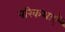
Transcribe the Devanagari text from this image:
परिकथाएँ